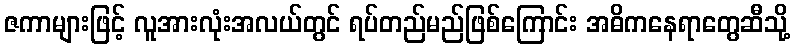
ဇကာများဖြင့် လူအားလုံးအလယ်တွင် ရပ်တည်မည်ဖြစ်ကြောင်း အဓိကနေရာတွေဆီသို့